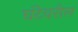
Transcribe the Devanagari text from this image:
घंटेवरील